Report of the Indian Hemp Drugs Commission, 1894-1895 - Volume VIII
Year: 1894
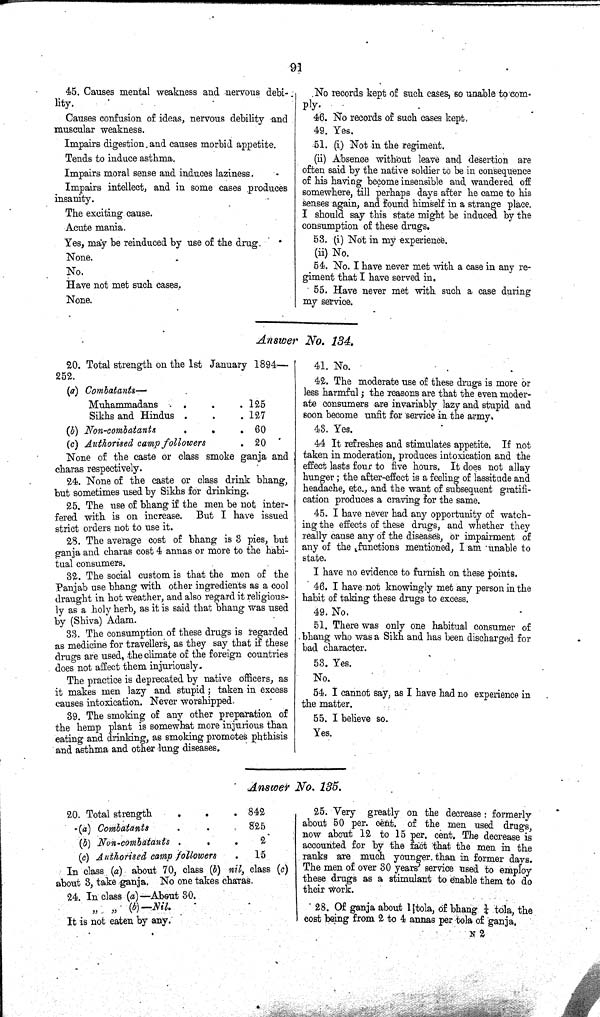
91
45. Causes mental weakness and nervous debi-
lity.
Causes confusion of ideas, nervous debility and
muscular weakness.
Impairs digestion and causes morbid appetite.
Tends to induce asthma.
Impairs moral sense and induces laziness.
Impairs intellect, and in some cases produces
insanity.
The exciting cause.
Acute mania.
Yes, may be reinduced by use of the drug.
None.
No.
Have not met such cases.
None.
No records kept of such cases, so unable to com-
ply.
46. No records of such cases kept.
49. Yes.
51. (i) Not in the regiment.
(ii) Absence without leave and desertion are
often said by the native soldier to be in consequence
of his having become insensible and wandered off
somewhere, till perhaps days after he came to his
senses again, and found himself in a strange place.
I should say this state might be induced by the
consumption of these drugs.
53. (i) Not in my experience.
(ii) No.
54. No. I have never met with a case in any re-
giment that I have served in.
55. Have never met with such a case during
my service.
Answer No. 134.
20. Total strength on the 1st January 1894—
252.
(a)
Combatants-
Muhammadans
125
Sikhs and Hindus
127
(b) Non-combatants
60
(c) Authorised camp followers
20
None of the caste or class smoke ganja and
charas respectively.
24. None of the caste or class drink bhang,
but sometimes used by Sikhs for drinking.
25. The use of bhang if the men be not inter-
fered with is on increase. But I have issued
strict orders not to use it.
28. The average cost of bhang is 3 pies, but
ganja and charas cost 4 annas or more to the habi-
tual consumers.
32. The social custom is that the men of the
Panjab use bhang with other ingredients as a cool
draught in hot weather, and also regard it religious-
ly as a holy herb, as it is said that bhang was used
by (Shiva) Adam.
33. The consumption of these drugs is regarded
as medicine for travellers, as they say that if these
drugs are used, the climate of the foreign countries
does not affect them injuriously.
The practice is deprecated by native officers, as
it makes men lazy and stupid; taken in excess
causes intoxication. Never worshipped.
39. The smoking of any other preparation of
the hemp plant is somewhat more injurious than
eating and drinking, as smoking promotes phthisis
and asthma and other lung diseases.
41. No.
42. The moderate use of these drugs is more or
less harmful; the reasons are that the even moder-
ate consumers are invariably lazy and stupid and
soon become unfit for service in the army.
43. Yes.
44 It refreshes and stimulates appetite. If not
taken in moderation, produces intoxication and the
effect lasts four to five hours. It does not allay
hunger; the after-effect is a feeling of lassitude and
headache, etc., and the want of subsequent gratifi-
cation produces a craving for the same.
45. I have never had any opportunity of watch-
ing the effects of these drugs, and whether they
really cause any of the diseases, or impairment of
any of the functions mentioned, I am unable to
state.
I have no evidence to furnish on these points.
46. I have not knowingly met any person in the
habit of taking these drugs to excess.
49. No.
51. There was only one habitual consumer of
bhang who was a Sikh and has been discharged for
bad character.
53. Yes.
No.
54. I cannot say, as I have had no experience in
the matter.
55. I believe so.
Yes.
Answer No. 135.
20. Total strength
842
(a) Combatants
825
(b) Non-combatants
2
(c) Authorised camp followers
15
In class (a) about 70, class (b) nil, class (c)
about 3, take ganja. No one takes charas.
24. In class (a)—About 30.
It is not eaten by any.
25. Very greatly on the decrease: formerly
about 50 per. cent. of the men used drugs,
now about 12 to 15 per. cent. The decrease is
accounted for by the fact that the men in the
ranks are much younger. than in former days.
The men of over 30 years' service used to employ
these drugs as a stimulant to enable them to do
their work.
28. Of ganja about 1 tola, of bhang 1/4 tola, the
cost being from 2 to 4 annas per tola of ganja.
N 2